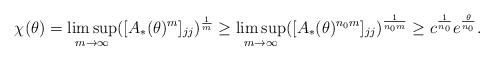
LaTeX: \begin{align*}\chi(\theta)= \limsup_{m\to\infty} ([A_*(\theta)^m]_{jj})^{\frac{1}{m}} \ge \limsup_{m\to\infty} ([A_*(\theta)^{n_0 m}]_{jj})^{\frac{1}{n_0 m}}\ge c^{\frac{1}{n_0}} e^{\frac{\theta}{n_0}}. \end{align*}